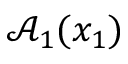
\mathcal { A } _ { 1 } ( x _ { 1 } )